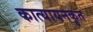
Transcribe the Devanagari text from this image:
कात्यायनकृत